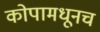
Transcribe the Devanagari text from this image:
कोपामधूनच